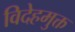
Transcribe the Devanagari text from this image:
विदेहमुक्त